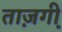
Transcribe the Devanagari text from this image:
ताज़गी़